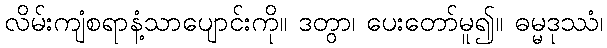
လိမ်းကျံစရာနံ့သာပျောင်းကို။ ဒတွာ၊ ပေးတော်မူ၍။ ဓမ္မဒုဿံ၊